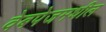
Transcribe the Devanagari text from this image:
वेबपेजमधील